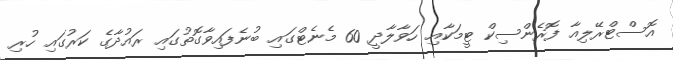
އޮސްޓްރޭލިއާ ފޮރެންސިކް ޓީމަކާއި ހަވާލާދީ 60 މެނެޓްގައި ބުނެފައިވާގޮތުގައި ރައުދާގެ ކަރުގައި ހުރި